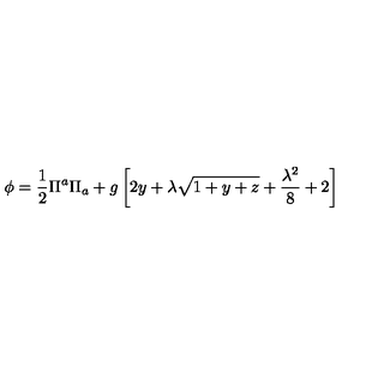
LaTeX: \phi = \frac { 1 } { 2 } \Pi ^ { a } \Pi _ { a } + g \left[ 2 y + \lambda \sqrt { 1 + y + z } + \frac { \lambda ^ { 2 } } { 8 } + 2 \right]